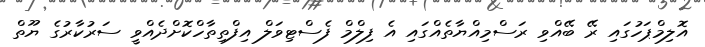
އޮލިމްޕަހުގައި ރޭ ބޭއްވި ރަސްމިއްޔާތެއްގައި އެ ފިލްމް ފެސްޓިވަލް އިފްތިތާހްކޮށްދެއްވީ ސަރުކާރުގެ ޔޫތް